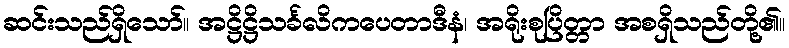
ဆင်းသည်ရှိသော်။ အဋ္ဌိဋ္ဌိသင်္ခလိကပေတာဒီနံ၊ အရိုးစုပြိတ္တာ အစရှိသည်တို့၏။